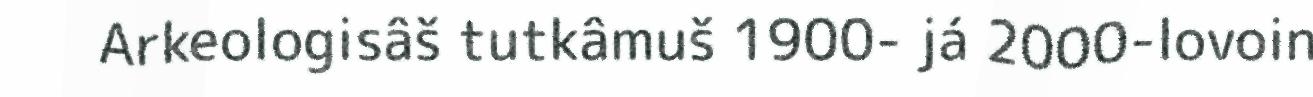
Arkeologisâš tutkâmuš 1900- já 2000-lovoin